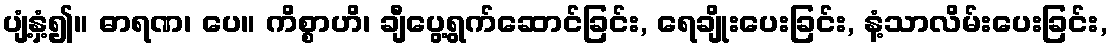
ပျံ့နှံ့၍။ ဓာရဏ၊ ပေ။ ကိစ္စာဟိ၊ ချီပွေ့ရွက်ဆောင်ခြင်း, ရေချိုးပေးခြင်း, နံ့သာလိမ်းပေးခြင်း,